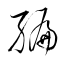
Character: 編